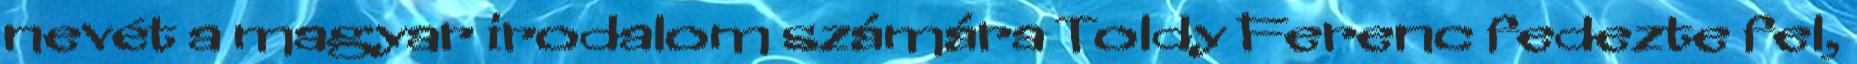
nevét a magyar irodalom számára Toldy Ferenc fedezte fel,